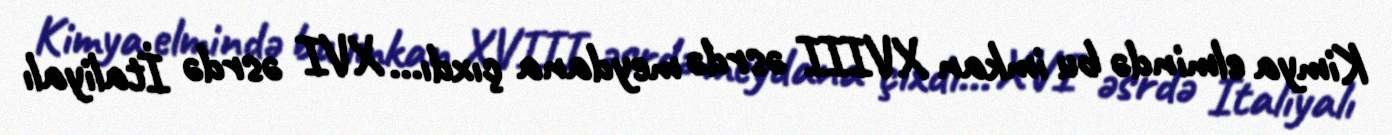
Kimya elmində bu imkan XVIII əsrdə meydana çıxdı... XVI əsrdə İtaliyalı